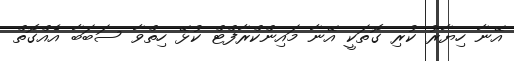
އޭނާ ހިޔާރު ކުރި ގޮތަކީ އޭނާ މައިންކްރާފްޓް ކުޅޭ ހިތްވާ ސަބަބާ އެއްގޮތް